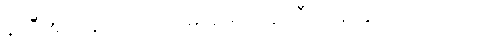
နာရီအတန်ကြာတော့မှ ဆရာဝန်ကြီး ပြန်ထွက်လာသည်။